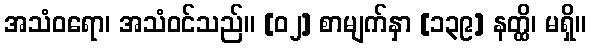
အသံဝရော၊ အသံဝင်သည်။ [၀၂] စာမျက်နှာ [၁၃၉] နတ္ထိ၊ မရှိ။